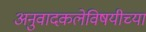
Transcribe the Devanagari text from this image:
अनुवादकलेविषयीच्या